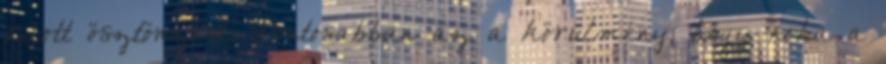
adott ösztönzést.1 Pontosabban az a körülmény, hogy noha a